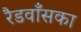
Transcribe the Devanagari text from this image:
रैडवाँसका